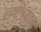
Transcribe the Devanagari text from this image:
हल्लीच्याच